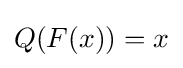
Q(F(x))=x